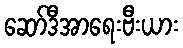
ဆော်ဒီအာရေးဗီးယား